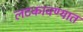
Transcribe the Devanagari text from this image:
लटकावण्यात